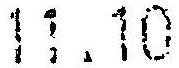
11.10